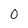
Character: 0